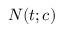
N ( t ; c )